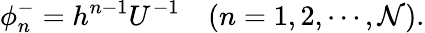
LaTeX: \phi_{n}^{-}=h^{n-1}U^{-1}\quad(n=1,2,\cdots,{\cal N}).